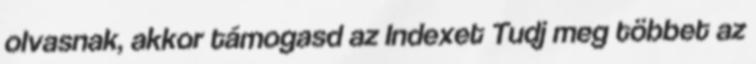
olvasnak, akkor támogasd az Indexet Tudj meg többet az